Annual report on the health of the army in India
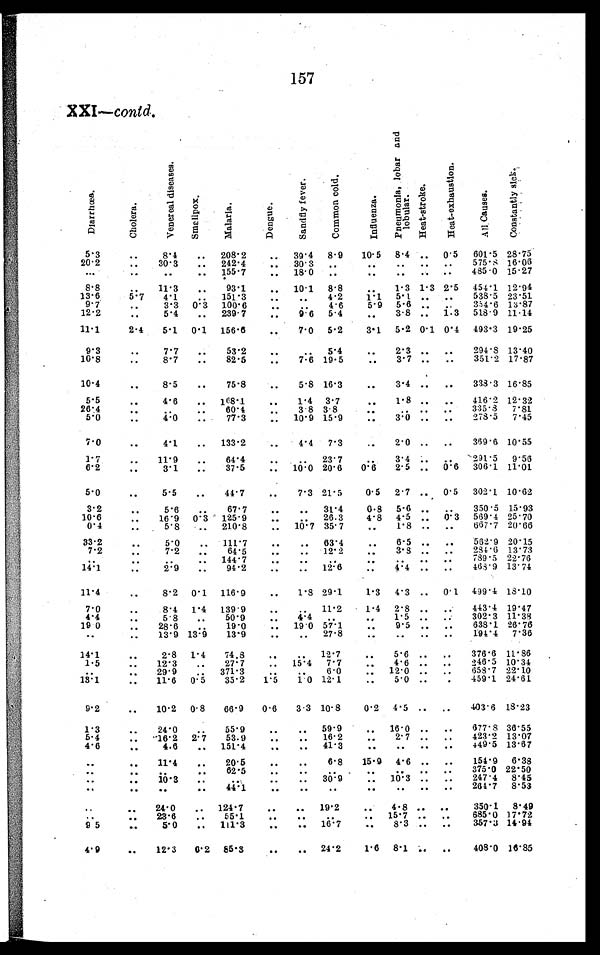
157
XXI—contd.
D l a r r h œ a .
C h o l e r a .
V e n e r e a l d i s e a s e s .
S m a l l p o x .
M a l a r i a .
D e n g u e .
S a n d f l y f e v e r .
C o m m o n c o l d .
I n f l u e n z a .
P n e u m o n i a , l o b a r a n d l o b u l a r .
H e a t - s t r o k e .
H e a t - e x h a u s t i o n .
A l l C a u s e s .
C o n s t a n t l y s i c k .
5.3
. . .
8.4
. . .
208.2
. . . 39.4
8.9
10.5
8.4
. . . 0.5
601.5 28.75
575.8 16.06
20.2
. . . 30.3
. . .
242.4
. . . 30.3
. . .
. . .
. . .
. . .
. . .
15.27
485.0
. . .
. . . . . .
. . .
155.7
. . .
18.0
. . .
. . .
. . .
. . .
. . .
8.8
. . . 11.3
. . .
93.1
. . . 10.1
8.8
. . . 1.3 1.3 2.5
454.1 12.94
13.6
5.7
4.1
. . .
151.3
. . .
. . . 4.2
1.1
5.1
. . .
. . .
538.5 23.51
354.6 13.87
9.7
. . . 3.3
0.3
100.6
. . .
. . . 4.6
5.9
5.6
. . .
. . .
518.9 11.14
12.2
. . . 5.4
. . .
239.7
. . .
9.6
5.4
. . . 3.8
. . . 1.3
11.1
2.4
5.1
0.1
156.6
. . .
7.0
5.2
3.1
5.2 0.1 0.4
493.3 19.25
9.3
. . . 7.7
. . .
53.2
. . .
. . .
5.4
. . . 2.3
. . .
. . .
294.8 13.40
351.2 17.87
10.8
. . . 8.7
. . .
82.5
. . .
7.6 19.5
. . . 3.7
. . .
. . .
10.4
. . . 8.5
. . .
75.8
. . .
5.8 16.3
. . . 3.4
. . .
. . .
338.3 16.85
5.5
. . . 4.6
. . .
168.1
. . .
1.4 3.7
. . . 1.8
. . .
. . .
416.2 12.32
335.8 7.81
26.4
. . .
. . .
. . .
60.4
. . .
3.8 3.8
. . .
. . .
. . .
. . .
7.45
278.5
5.0
. . . 4.0
. . .
77.3
. . . 10.9 15.9
. . . 3.0
. . .
. . .
7.0
. . . 4.1
. . .
133.2
. . .
4.4
7.3
. . . 2.0
. . .
. . .
369.6 10.55
1.7
. . . 11.9
. . .
64.4
. . .
. . . 23.7
. . . 3.4
. . .
. . .
291.5
9.56
11.01
306.1
6.2
. . . 3.1
. . .
37.5
. . . 10.0 20.6
0.6
2.5
. . . 0.6
5 . 0
. . . 5.5
. . .
44.7
. . .
7.3 21.5
0.5
2.7
. . . 0.5
302.1 10.62
3.2
. . . 5.6
. . .
67.7
. . .
. . .
31.4
0.8
5.6
. . .
. . .
350.5 15.93
0.3
569.4 25.70
10.6
. . . 16.9
0.3
125.9
. . .
. . .26.3
4.8
4.5
. . .
20.66
667.7
0.4
. . . 5.8
. . .
210.8
. . . 10.7 35.7
. . . 1.8
. . .
. . .
33.2
. . . 5.0
. . .
111.7
. . .
. . .
63.4
. . . 6.5
. . .
. . .
562.9 20.15
284.6 13.73
7.2
. . . 7.2
. . .
64.5
. . .
. . .12.2
. . . 3.8
. . .
. . .
789.5 22.76
. . .
. . .
. . .
. . . 144.7
. . .
. . .
. . .
. . .
. . .
. . .
. . .
468.9 13.74
1 4 . 1
. . . 2.9
. . .
94.2
. . .
. . .
1 2 . 6
. . . 4.4
. . .
. . .
11.4
. . . 8.2
0.1
116.9
. . .
1 . 8 29.1
1.3
4.3
. . . 0.1 499.4 18.10
7.0
. . . 8.4 1.4
139.9
. . .
. . .
11.2
1.4
2.8
. . .
. . . 443.4 19.47
302.3 11.38
4.4
. . . 5.8
. . .
5 0 . 9
. . .
4 . 4
. . .
. . . 1.5
. . .
. . .
638.1 26.76
19.0
. . . 28.6
. . .
19.0
. . . 19.0 57.1
. . . 9.5
. . .
. . .
194.4
7.36
. . .
. . . 13.9 13.9
13.9
. . .
. . .27.8
. . .
. . .
. . .
. . .
1 4 . 1
. . . 2.8
1.4
74.8
. . .
. . . 12.7
. . . 5.6
. . .
. . .
376.6 11.86
7.7
. . . 4.6
. . .
. . .
246.5 10.34
15.4
1.5
. . . 12.3
. . .
27.7
. . .
6.0
. . . 12.0
. . .
. . .
658.7 22.10
. . .
. . . 29.9
. . .
371.3
. . .
. . .
12.1
. . . 5.0
. . .
. . . 459.1 24.61
13.1
. . . 11.6
0.5
35.2
1.5
1.0
9.2
. . . 10.2
0.8
66.9
0.6
3.3 10.8
0.2
4.5
. . .
. . .
403.6 18.23
1.3
. . .
24.0
. . .
55.9
. . .
. . . 59.9
. . . 16.0
. . .
. . .
677.8 36.55
. . .
2.7
. . .
. . .
423.2 13.07
16.2
5.4
. . . 16.2
2.7
53.9
. . .
. . .
. . .
. . .
. . .
. . .
449.5 13.67
41.3
4.6
. . . 4.6
. . .
151.4
. . .
. . .
. . .
. . . 11.4
. . .
20.5
. . .
. . . 6.8
15.9
4.6
. . .
. . .
154.9
6.38
375.0 22.50
. . .
. . . . . .
. . .
62.5
. . .
. . .
. . .
. . .
. . .
. . .
. . .
247.4
8.45
10.3
. . .
. . .
30.9
. . .
. . .
. . . 10.3
. . .
. . .
. . .
. . .
264.7
8.53
. . .
. . .
. . .
. . .
44.1
. . .
. . .
. . .
. . .
. . .
. . .
. . .
. . .
. . .
24.0
. . .
124.7
. . .
. . . 19.2
. . . 4.8
. . .
. . .
350.1
8.49
15.7
. . .
. . .
685.0 17.72
. . .
. . . 23.6
. . .
55.1
. . .
. . .
. . .
. . .
16.7
. . . 8.3
. . .
. . .
357.3 14.94
9.5
. . . 5.0
. . .
111.3
. . .
. . .
4.9
. . . 12.3
0.2
85.3
. . .
. . .
24.2
1.6
8.1
. . .
. . .
408.0 16.85